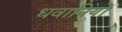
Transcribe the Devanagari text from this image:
धवानियों